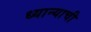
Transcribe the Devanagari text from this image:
ध्यान्याची